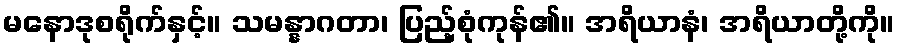
မနောဒုစရိုက်နှင့်။ သမန္နာဂတာ၊ ပြည့်စုံကုန်၏။ အရိယာနံ၊ အရိယာတို့ကို။